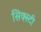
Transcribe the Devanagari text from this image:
सिक्स्टी